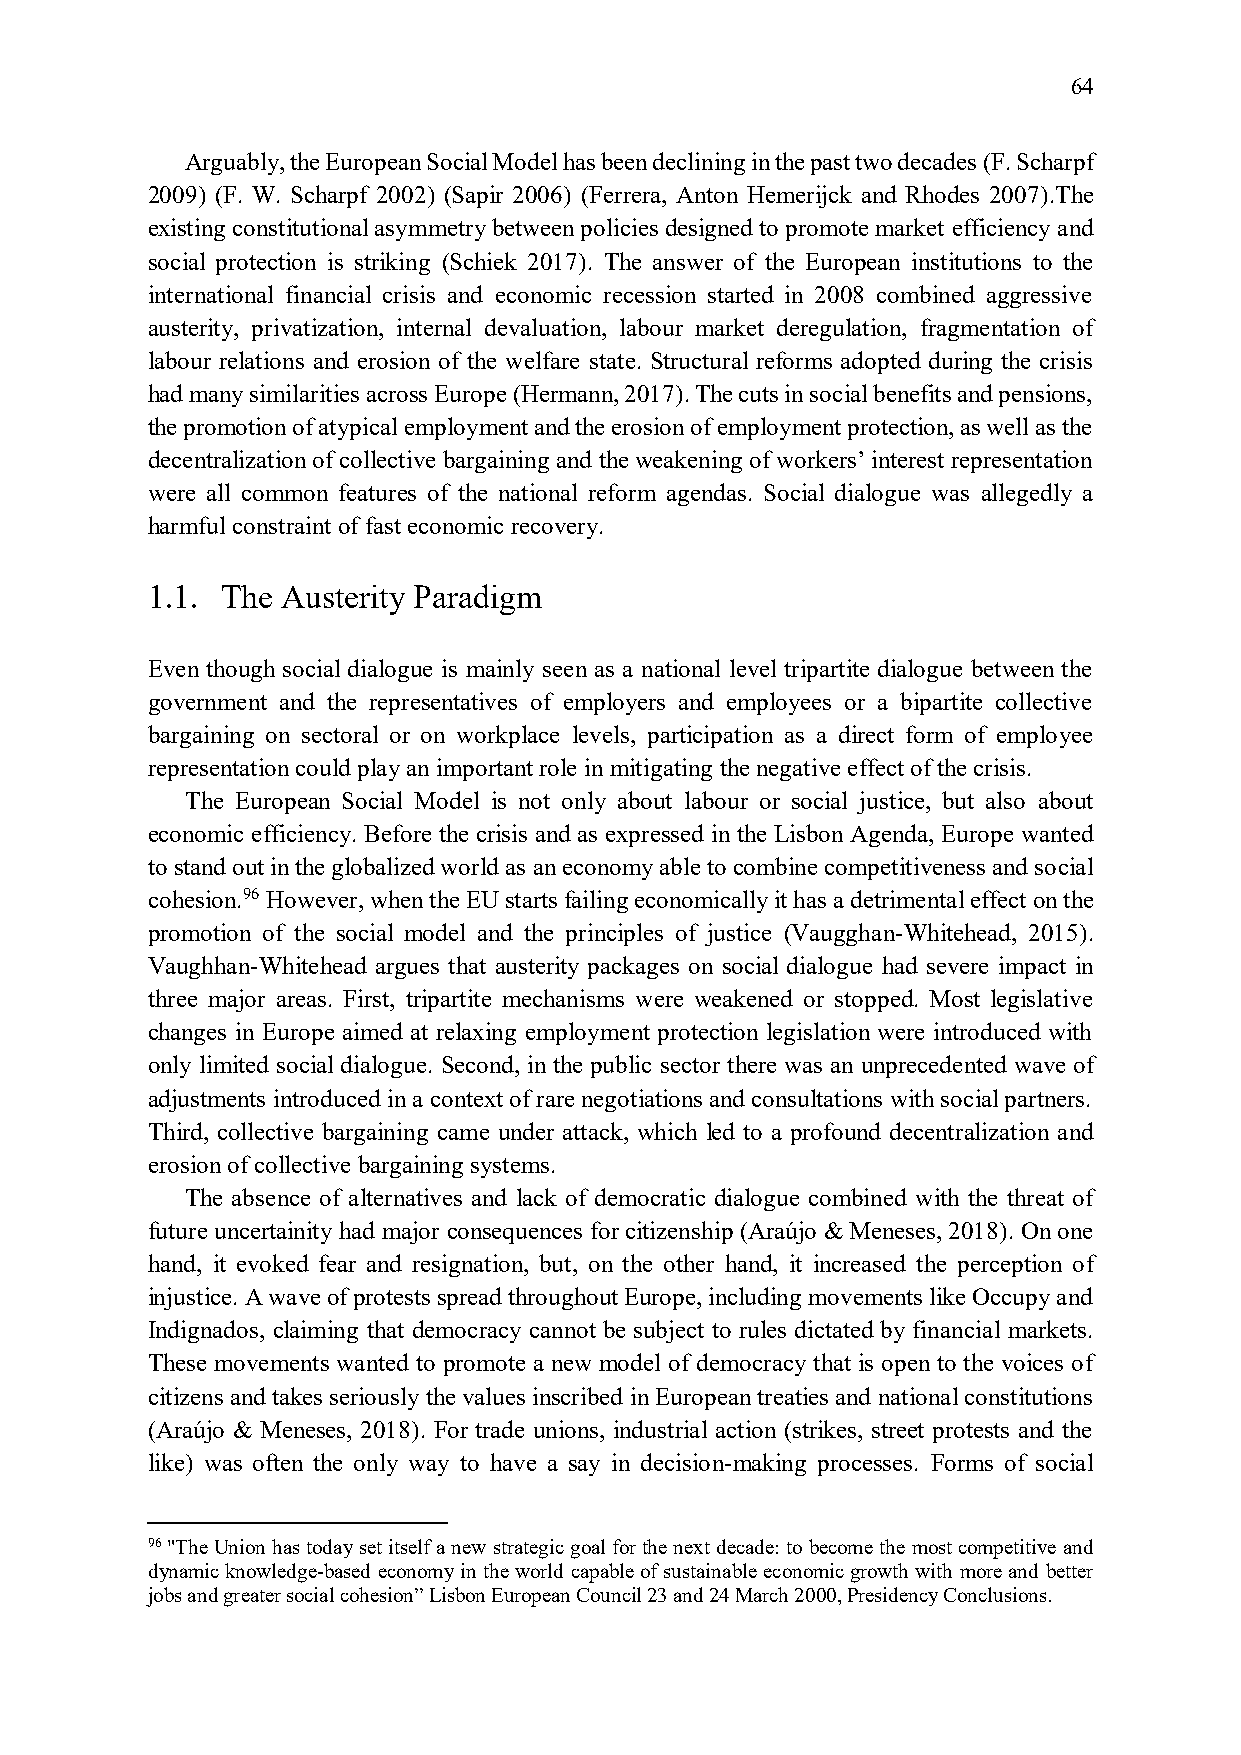
64
 Arguably, the European Social Model has been declining in the past two decades (F. Scharpf
 2009) (F. W. Scharpf 2002) (Sapir 2006) (Ferrera, Anton Hemerijck and Rhodes 2007).The
 existing constitutional asymmetry between policies designed to promote market efficiency and
 social protection is striking (Schiek 2017). The answer of the European institutions to the
 international financial crisis and economic recession started in 2008 combined aggressive
 austerity, privatization, internal devaluation, labour market deregulation, fragmentation of
 labour relations and erosion of the welfare state. Structural reforms adopted during the crisis
 had many similarities across Europe (Hermann, 2017). The cuts in social benefits and pensions,
 the promotion of atypical employment and the erosion of employment protection, as well as the
 decentralization of collective bargaining and the weakening of workers’ interest representation
 were all common features of the national reform agendas. Social dialogue was allegedly a
 harmful constraint of fast economic recovery.
 1.1. The Austerity Paradigm
 Even though social dialogue is mainly seen as a national level tripartite dialogue between the
 government and the representatives of employers and employees or a bipartite collective
 bargaining on sectoral or on workplace levels, participation as a direct form of employee
 representation could play an important role in mitigating the negative effect of the crisis.
 The European Social Model is not only about labour or social justice, but also about
 economic efficiency. Before the crisis and as expressed in the Lisbon Agenda, Europe wanted
 to stand out in the globalized world as an economy able to combine competitiveness and social
 cohesion.96 However, when the EU starts failing economically it has a detrimental effect on the
 promotion of the social model and the principles of justice (Vaugghan-Whitehead, 2015).
 Vaughhan-Whitehead argues that austerity packages on social dialogue had severe impact in
 three major areas. First, tripartite mechanisms were weakened or stopped. Most legislative
 changes in Europe aimed at relaxing employment protection legislation were introduced with
 only limited social dialogue. Second, in the public sector there was an unprecedented wave of
 adjustments introduced in a context of rare negotiations and consultations with social partners.
 Third, collective bargaining came under attack, which led to a profound decentralization and
 erosion of collective bargaining systems.
 The absence of alternatives and lack of democratic dialogue combined with the threat of
 future uncertainity had major consequences for citizenship (Araújo & Meneses, 2018). On one
 hand, it evoked fear and resignation, but, on the other hand, it increased the perception of
 injustice. A wave of protests spread throughout Europe, including movements like Occupy and
 Indignados, claiming that democracy cannot be subject to rules dictated by financial markets.
 These movements wanted to promote a new model of democracy that is open to the voices of
 citizens and takes seriously the values inscribed in European treaties and national constitutions
 (Araújo & Meneses, 2018). For trade unions, industrial action (strikes, street protests and the
 like) was often the only way to have a say in decision-making processes. Forms of social
 96 "The Union has today set itself a new strategic goal for the next decade: to become the most competitive and
 dynamic knowledge-based economy in the world capable of sustainable economic growth with more and better
 jobs and greater social cohesion” Lisbon European Council 23 and 24 March 2000, Presidency Conclusions.